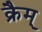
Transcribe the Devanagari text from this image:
क्रैम्